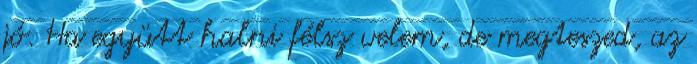
jó. Ha együtt halni félsz velem, de megteszed, az